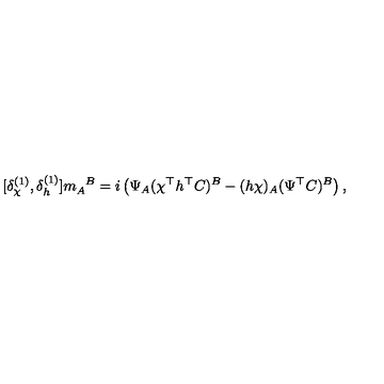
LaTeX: [ \delta _ { \chi } ^ { ( 1 ) } , \delta _ { h } ^ { ( 1 ) } ] m _ { A } ^ { \phantom { A } B } = i \left( \Psi _ { A } ( \chi ^ { \top } h ^ { \top } C ) ^ { B } - ( h \chi ) _ { A } ( \Psi ^ { \top } C ) ^ { B } \right) ,